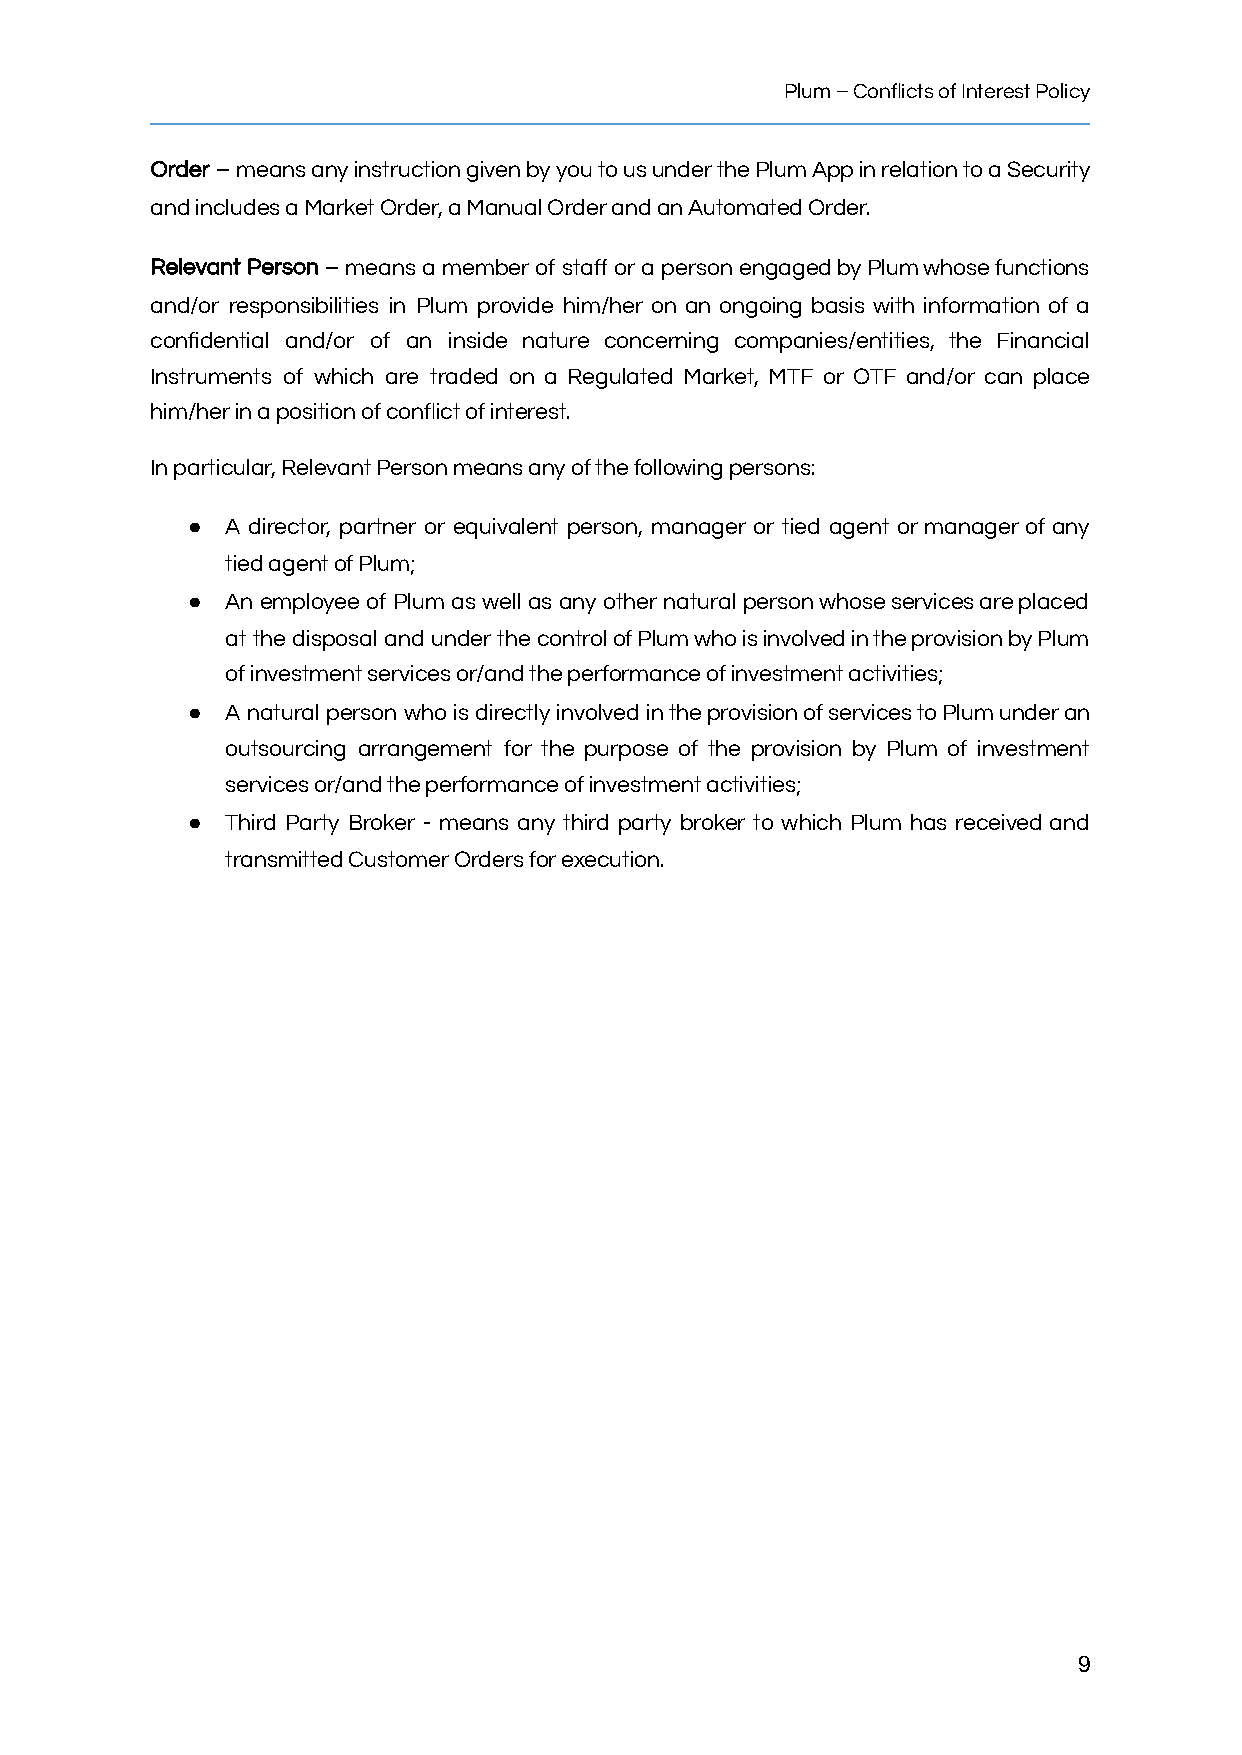
Plum–ConflictsofInterestPolicy
 Order – meansanyinstructiongivenbyyoutousunderthePlumAppinrelationtoaSecurity
 andincludesaMarketOrder,aManualOrderandanAutomatedOrder.
 Relevant Person – means a member of staff or a person engagedbyPlumwhosefunctions
 and/or responsibilities in Plum provide him/her on an ongoing basis with information of a
 confidential and/or of an inside nature concerning companies/entities, the Financial
 Instruments of which are traded on a Regulated Market, MTF or OTF and/or can place
 him/herinapositionofconflictofinterest.
 Inparticular,RelevantPersonmeansanyofthefollowingpersons:
 ●  A director, partner or equivalent person, manager or tied agent or manager of any
 tiedagentofPlum;
 ●  An employee of Plum as well as any other natural personwhoseservicesareplaced
 at the disposal and under the controlofPlumwhoisinvolvedintheprovisionbyPlum
 ofinvestmentservicesor/andtheperformanceofinvestmentactivities;
 ●  A natural person who is directly involved intheprovisionofservicestoPlumunderan
 outsourcing arrangement for the purpose of the provision by Plum of investment
 servicesor/andtheperformanceofinvestmentactivities;
 ●  Third Party Broker - means any third party broker to which Plum has received and
 transmittedCustomerOrdersforexecution.
 9